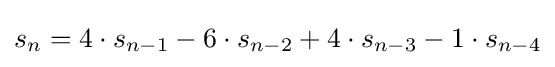
s_{n}=4\cdot s_{n-1}-6\cdot s_{n-2}+4\cdot s_{n-3}-1\cdot s_{n-4}